Civil Veterinary Dept. Bombay admin report 1914-1922 - 1914-1922
Year: 1914
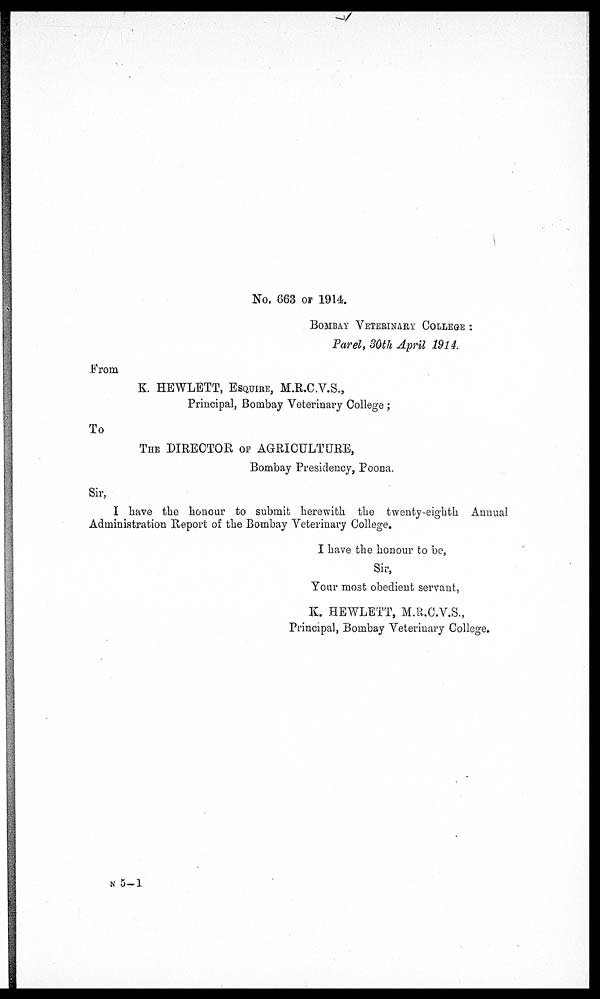
No. 663 OF 1914.
BOMBAY VETERINARY COLLEGE :
Parel, 30th April 1914.
From
K. HEWLETT, ESQUIRE, M.R.C.V.S.,
Principal, Bombay Veterinary College ;
To
THE DIRECTOR OF AGRICULTURE,
Bombay Presidency, Poona.
Sir,
I have the honour to submit herewith the twenty-eighth Annual
Administration Report of the Bombay Veterinary College.
I have the honour to be,
Sir,
Your most obedient servant,
K. HEWLETT, M.R.C.V.S.,
Principal, Bombay Veterinary College.
N 5-1